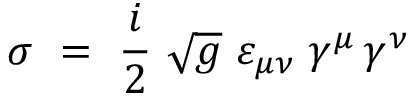
\sigma \ = \ \frac i 2 \ \sqrt { g } \ \varepsilon _ { \mu \nu } \; \gamma ^ { \mu } \, \gamma ^ { \nu }